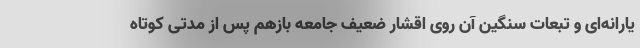
یارانه‌ای و تبعات سنگین آن روی اقشار ضعیف جامعه بازهم پس از مدتی کوتاه